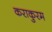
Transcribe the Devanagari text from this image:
कराकुरम